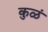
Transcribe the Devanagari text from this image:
कुळं